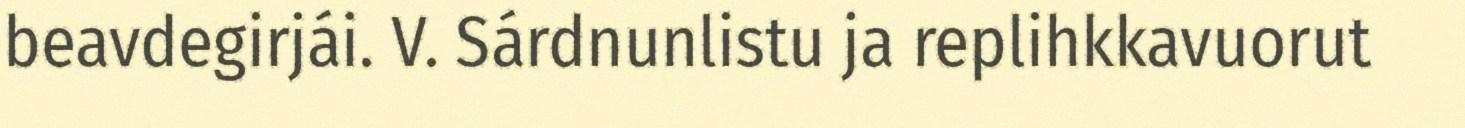
beavdegirjái. V. Sárdnunlistu ja replihkkavuorut